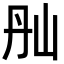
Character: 𡵕